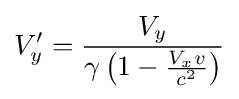
V'_{y}={\frac {V_{y}}{\gamma \left(1-{\frac {V_{x}v}{c^{2}}}\right)}}